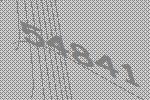
54841